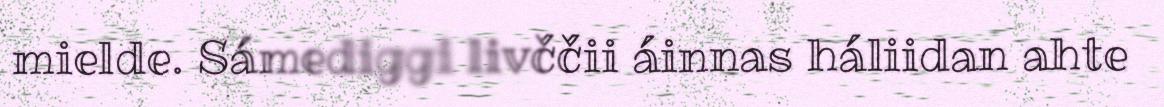
mielde. Sámediggi livččii áinnas háliidan ahte